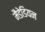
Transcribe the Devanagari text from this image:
मैडेडियन